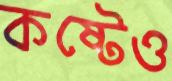
কষ্টেও